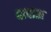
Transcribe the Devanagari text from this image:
पादाश